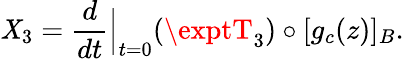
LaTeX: \mathit{X}_{3}=\frac{{d}}{{dt}}{\Big\vert}_{t=0}(\exptT_{3})\circ[g_{c}(z)]_{B}.